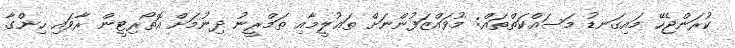
ކުރަންޖެހޭ މައިގަނޑު މަސައްކަތްތައް: މުވައްޒަފުންނަށް ތަޢުލީމާއި ތަމްރީނު ދިނުމަށް އޮތޯރިޓީން ރާވައި ހިންގާ